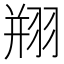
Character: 𦐵